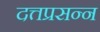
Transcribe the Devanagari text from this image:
दत्तप्रसन्न